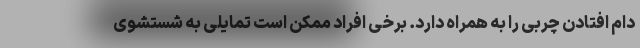
دام افتادن چربی را به همراه دارد. برخی افراد ممکن است تمایلی به شستشوی